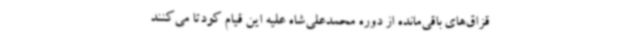
قزاق‌های باقی‌مانده از دوره‌ محمدعلی‌شاه علیه این قیام کودتا می‌کنند